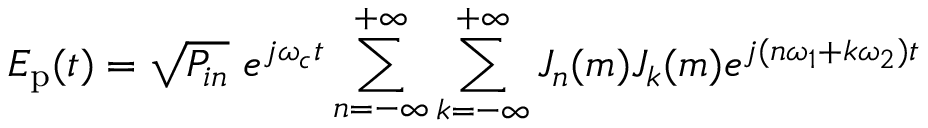
E _ { \mathrm { p } } ( t ) = \sqrt { P _ { i n } } \ e ^ { j \omega _ { c } t } \sum _ { n = - \infty } ^ { + \infty } \sum _ { k = - \infty } ^ { + \infty } J _ { n } ( m ) J _ { k } ( m ) e ^ { j ( n \omega _ { 1 } + k \omega _ { 2 } ) t }